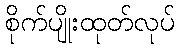
စိုက်ပျိုးထုတ်လုပ်